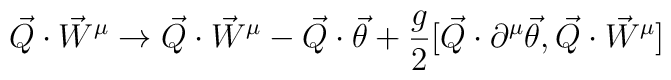
\vec{Q} \cdot \vec{W}^{\mu} \rightarrow \vec{Q} \cdot \vec{W}^{\mu} -\vec{Q} \cdot \vec{\theta} +\frac{g}{2} [ \vec{Q} \cdot \partial^{\mu} \vec{\theta} ,\vec{Q} \cdot {\vec{W}}^{\mu}]